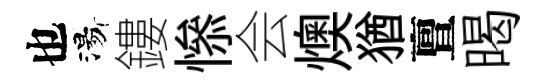
也湯鏤𢡖会燠猶亶暍